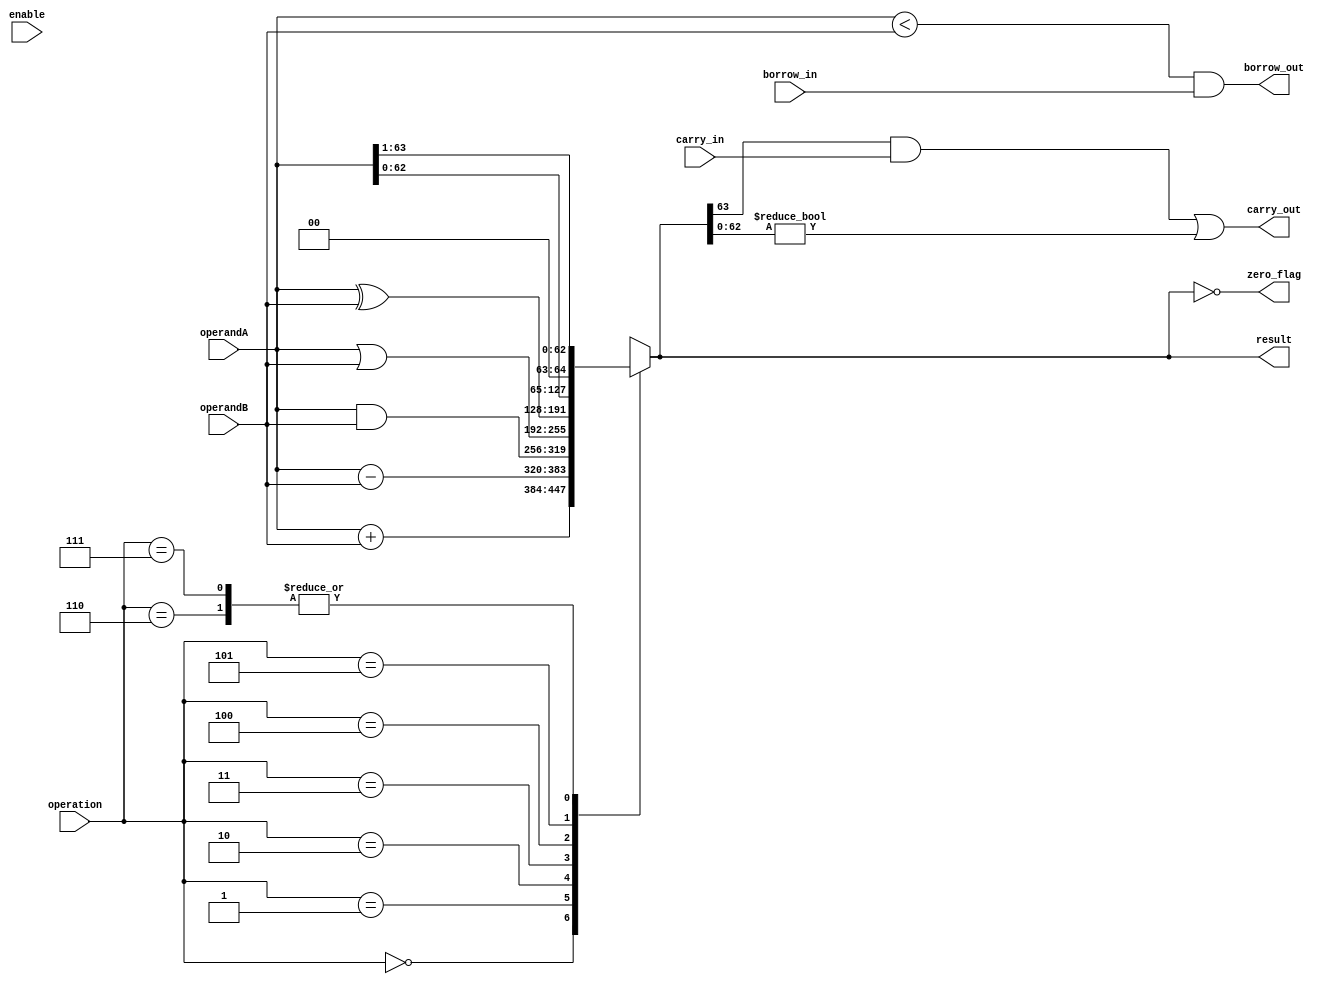
module ALU_64bit (
    input [63:0] operandA,
    input [63:0] operandB,
    input [2:0] operation,
    input carry_in,
    input borrow_in,
    input enable,
    output [63:0] result,
    output zero_flag,
    output carry_out,
    output borrow_out
);

reg [63:0] result;
reg zero_flag;
reg carry_out;
reg borrow_out;

always @(*) begin
    case(operation)
        3'b000: result = operandA + operandB;
        3'b001: result = operandA - operandB;
        3'b010: result = operandA & operandB;
        3'b011: result = operandA | operandB;
        3'b100: result = operandA ^ operandB;
        3'b101: result = operandA << 1; // Shift left
        3'b110: result = operandA >> 1; // Shift right (logical)
        3'b111: result = operandA >>> 1; // Shift right (arithmetic)
    endcase
    
    // Flags
    zero_flag = (result == 64'b0);
    carry_out = (result[63] & carry_in) | (result[62:0] != 0);
    borrow_out = (operandA < operandB) & borrow_in;
end

endmodule